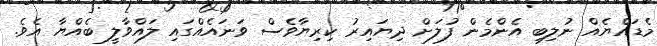
މެޑައްޔެއް ނުލިބި އެންމެން ފުލަށް ދިޔައިރު ކިރިޔާވެސް ވަނައެއްގައި ލައްވާލީ ބެއްޔާ އެވެ.